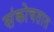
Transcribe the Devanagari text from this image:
संकोचतात